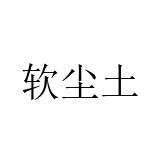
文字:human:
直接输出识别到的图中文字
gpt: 软尘土